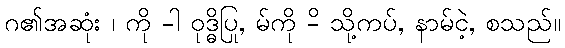
ဂ၏အဆုံး ၊ ကို -ါ ဝုဒ္ဓိပြု, မ်ကို -ိ သို့ကပ်, နာမ်ငဲ့, စသည်။